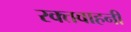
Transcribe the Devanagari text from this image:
रक्तवाहनी